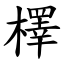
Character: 檡